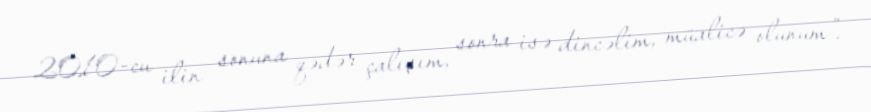
2010-cu ilin sonuna qədər çalışım, sonra isə dincəlim, müalicə olunum”.